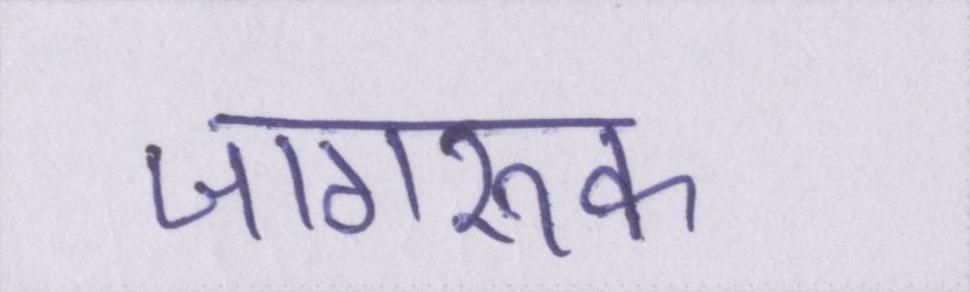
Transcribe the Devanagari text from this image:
जागरूक